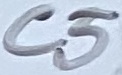
Text: C5